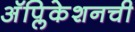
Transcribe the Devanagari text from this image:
अॅप्लिकेशनची